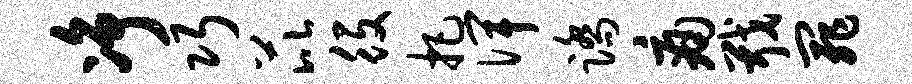
净巧芘役把俾踏痛戢罪